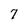
Character: 7